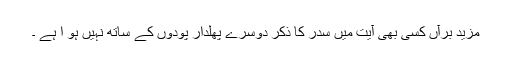
مزید برآں کسی بھی آیت میں سدر کا ذکر دوسرے پھلدار پودوں کے ساتھ نہیں ہو ا ہے ۔